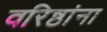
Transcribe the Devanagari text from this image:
वरिष्ठांना